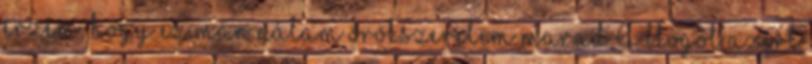
érzem, hogy ez már nálam örökszerelem marad.A blogot azért